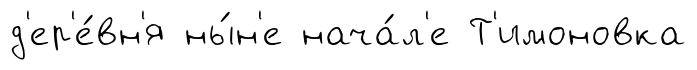
д'ер'е́вн'я ны́н'е нача́л'е Т'имоновка